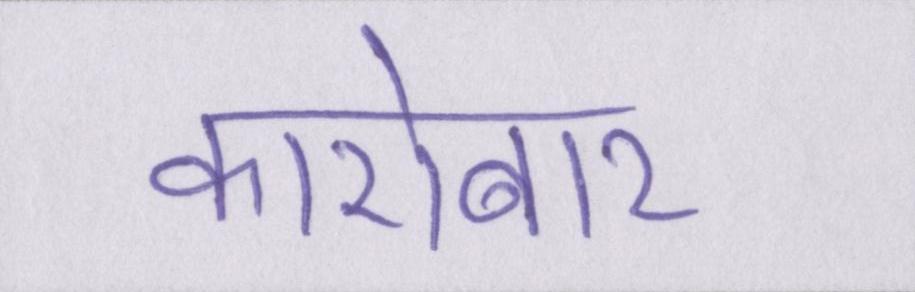
कारोबार